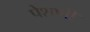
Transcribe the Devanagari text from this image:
पेशणी